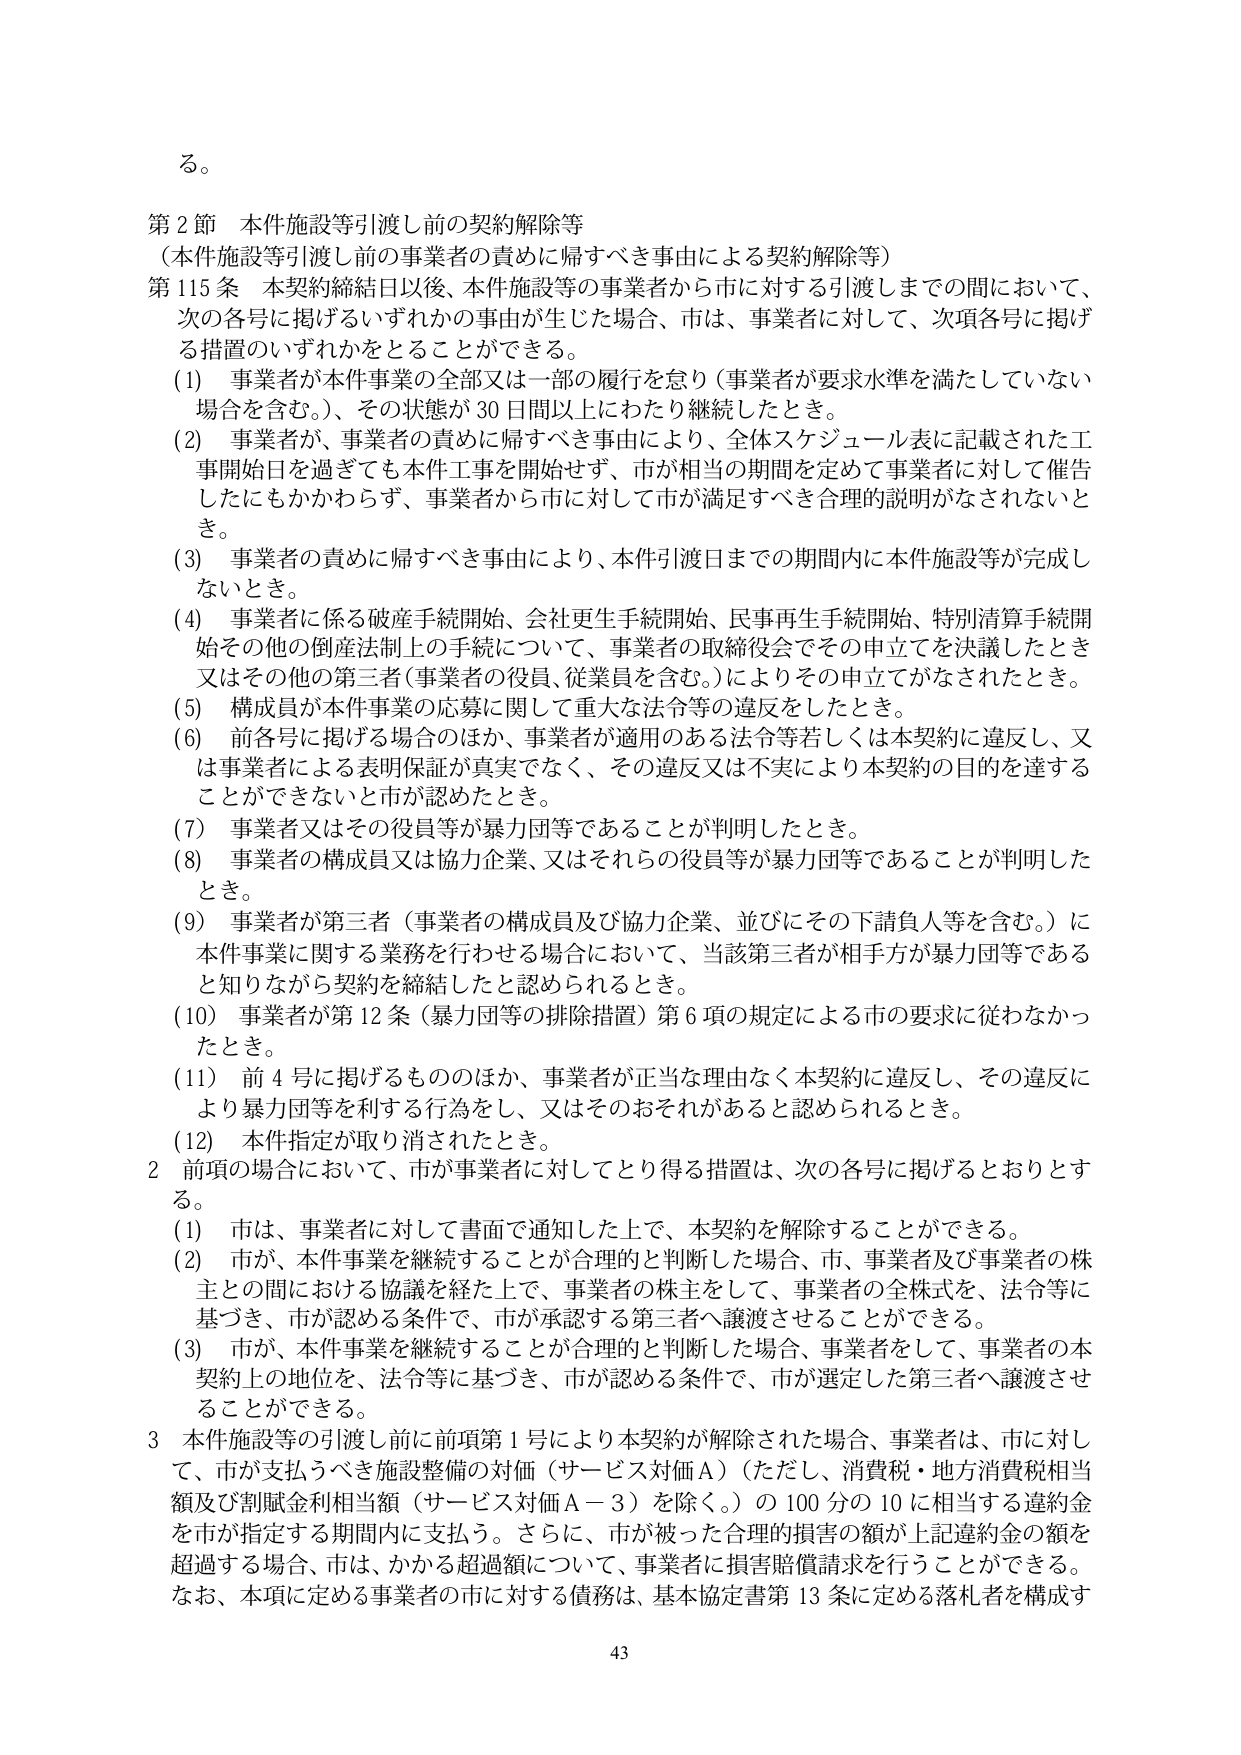
る。

第２節 本件施設等引渡し前の契約解除等
（本件施設等引渡し前の事業者の責めに帰すべき事由による契約解除等）

第115条 本契約締結日以後、本件施設等の事業者から市に対する引渡しまでの中間において、次の各号に掲げるいずれかの事由が生じた場合、市は、事業者に対して、次項各号に掲げる措置のいずれかをとることができる。

(1) 事業者が本件事業の全部又は一部の履行を怠り（事業者が要求水準を満たしていない場合を含む。）、その状態が30日間以上にわたり継続したとき。

(2) 事業者が、事業者の責めに帰すべき事由により、全体スケジュール表に記載された工事開始日を過ぎても本件工事を開始せず、市が相当の期間を定めて事業者に対して催告したにもかかわらず、事業者から市に対して市が満足すべき合理的説明がなされないとき。

(3) 事業者の責めに帰すべき事由により、本件引渡日までの期間内に本件施設等が完成しないとき。

(4) 事業者に係る破産手続開始、会社更生手続開始、民事再生手続開始、特別清算手続開始その他の倒産法制上の手続について、事業者の取締役会でその申立てを決議したとき又はその他の第三者（事業者の役員、従業員を含む。）によりその申立てがなされたとき。

(5) 構成員が本件事業の応募に関して重大な法令等の違反をしたとき。

(6) 前各号に掲げる場合のほか、事業者が適用のある法令等若しくは本契約に違反し、又は事業者による表明保証が真実でなく、その違反又は不実により本契約の目的を達することができないと市が認めたとき。

(7) 事業者又はその役員等が暴力団等であることが判明したとき。

(8) 事業者の構成員又は協力企業、又はそれらの役員等が暴力団等であることが判明したとき。

(9) 事業者が第三者（事業者の構成員及び協力企業、並びにその下請負人等を含む。）に本件事業に関する業務を行わせる場合において、当該第三者が相手方が暴力団等であると知りながら契約を締結したと認められるとき。

(10) 事業者が第12条（暴力団等の排除措置）第6項の規定による市の要求に従わなかったとき。

(11) 前4号に掲げるもののほか、事業者が正当な理由なく本契約に違反し、その違反により暴力団等を利する行為をし、又はそのおそれがあると認められるとき。

(12) 本件指定が取り消されたとき。

2 前項の場合において、市が事業者に対してとり得る措置は、次の各号に掲げるとおりとする。

(1) 市は、事業者に対して書面で通知した上で、本契約を解除することができる。

(2) 市が、本件事業を継続することが合理的と判断した場合、市、事業者及び事業者の株主との間における協議を経た上で、事業者の株主をして、事業者の全株式を、法令等に基づき、市が認める条件で、市が承認する第三者へ譲渡させることができる。

(3) 市が、本件事業を継続することが合理的と判断した場合、事業者をして、事業者の本契約上の地位を、法令等に基づき、市が認める条件で、市が選定した第三者へ譲渡させることができる。

3 本件施設等の引渡し前に前項第1号により本契約が解除された場合、事業者は、市に対して、市が支払うべき施設整備の対価（サービス対価A）（ただし、消費税・地方消費税相当額及び割賦金利相当額（サービス対価A－3）を除く。）の100分の10に相当する違約金を市が指定する期間内に支払う。さらに、市が被った合理的損害の額が上記違約金の額を超過する場合、市は、かかる超過額について、事業者に損害賠償請求を行うことができる。なお、本項に定める事業者の市に対する債務は、基本協定書第13条に定める落札者を構成す

43